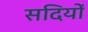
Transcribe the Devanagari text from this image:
सदियोँ